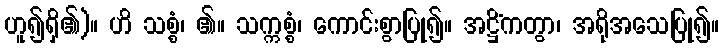
ဟူ၍ရှိ၏)။ ဟိ သစ္စံ၊ ၏။ သက္ကစ္စံ၊ ကောင်းစွာပြု၍။ အဋ္ဌိံကတွာ၊ အရိုအသေပြု၍။